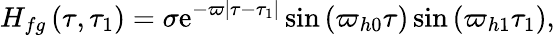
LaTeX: H_{fg}\left(\tau,\tau_{1}\right)=\sigma\mathrm{e}^{-\varpi\left|\tau-\tau_{1}\right|}\sin\left(\varpi_{h0}\tau\right)\sin\left(\varpi_{h1}\tau_{1}\right),